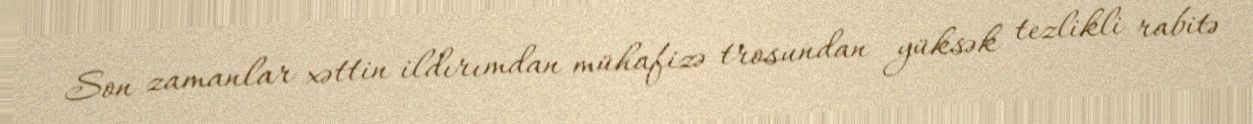
Son zamanlar xəttin ildırımdan mühafizə trosundan yüksək tezlikli rabitə